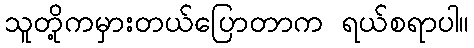
သူတို့ကမှားတယ်ပြောတာက ရယ်စရာပါ။